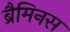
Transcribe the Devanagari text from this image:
ब्रैमिनस